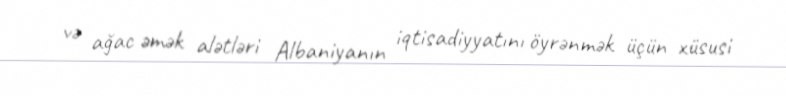
və ağac əmək alətləri Albaniyanın iqtisadiyyatını öyrənmək üçün xüsusi